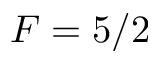
F = 5 / 2